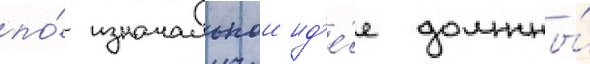
по́ изначальнои ид'е́е должны́